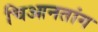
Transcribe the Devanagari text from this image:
चिआनतांग